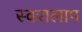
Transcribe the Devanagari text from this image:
स्वरालाप